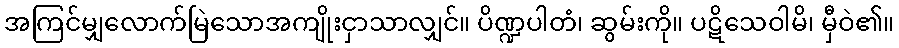
အကြင်မျှလောက်မြဲသောအကျိုးငှာသာလျှင်။ ပိဏ္ဍပါတံ၊ ဆွမ်းကို။ ပဋိသေဝါမိ၊ မှီဝဲ၏။